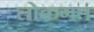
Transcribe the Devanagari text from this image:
लोकगत